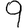
Digit: 9